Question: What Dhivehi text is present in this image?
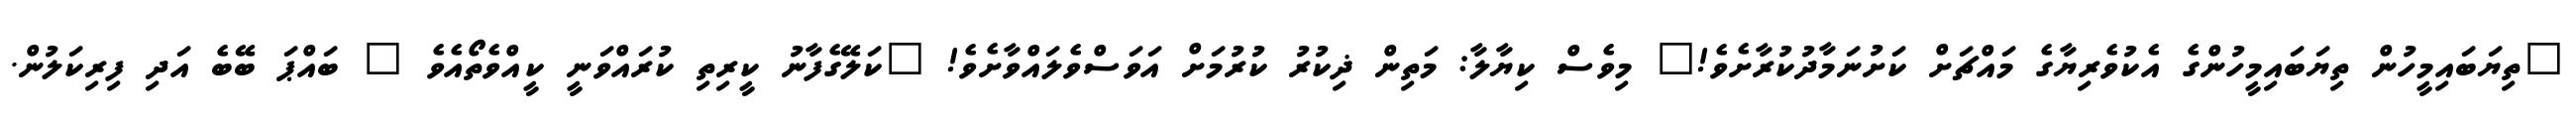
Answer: "ތިޔަބައިމީހުން ތިޔަބައިމީހުންގެ އެކުވެރިޔާގެ މައްޗަށް ކަށުނަމާދުކުރާށެވެ!" މިވެސް ކިޔާލާ: މަތިން ޛިކުރު ކުރުމަށް އަވަސްވެލައްވާށެވެ! "ކަލޭގެފާނު ކީރިތި ކުރައްވަނީ ކީއްވެތޯއެވެ " ބައްޕަ ބޭބެ އަދި ފިރިކަލުން.